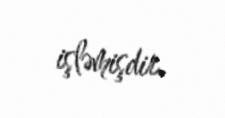
işləmişdir.